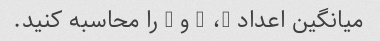
میانگین اعداد 9، 5 و 6 را محاسبه کنید.